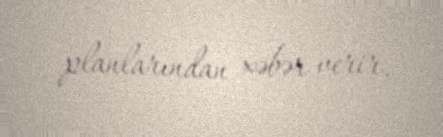
planlarından xəbər verir.